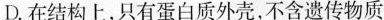
D.在结构上，只有蛋白质外壳，不含遗传物质